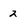
Character: 2